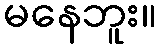
မနေဘူး။